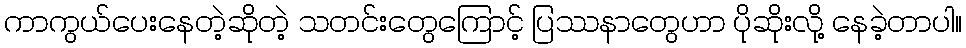
ကာကွယ်ပေးနေတဲ့ဆိုတဲ့ သတင်းတွေကြောင့် ပြဿနာတွေဟာ ပိုဆိုးလို့ နေခဲ့တာပါ။